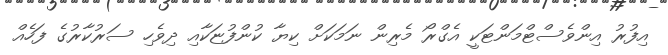
އިފުރު އިންވެސްޓްމަންޓަކީ އެގްރޯ މެރިން ނަމަކަށް ކިޔާ ކުންފުޏަކާއި ދިވެހި ސަރުކާރުގެ ފަހެއް